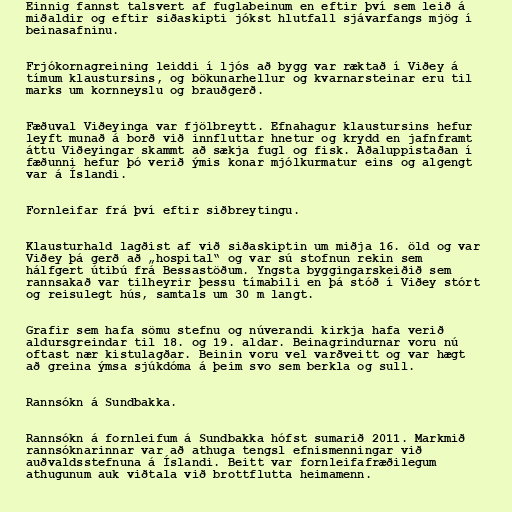
Einnig fannst talsvert af fuglabeinum en eftir því sem leið á
miðaldir og eftir siðaskipti jókst hlutfall sjávarfangs mjög í
beinasafninu.

Frjókornagreining leiddi í ljós að bygg var ræktað í Viðey á
tímum klaustursins, og bökunarhellur og kvarnarsteinar eru til
marks um kornneyslu og brauðgerð.

Fæðuval Viðeyinga var fjölbreytt. Efnahagur klaustursins hefur
leyft munað á borð við innfluttar hnetur og krydd en jafnframt
áttu Viðeyingar skammt að sækja fugl og fisk. Aðaluppistaðan í
fæðunni hefur þó verið ýmis konar mjólkurmatur eins og algengt
var á Íslandi.

Fornleifar frá því eftir siðbreytingu.

Klausturhald lagðist af við siðaskiptin um miðja 16. öld og var
Viðey þá gerð að „hospital“ og var sú stofnun rekin sem
hálfgert útibú frá Bessastöðum. Yngsta byggingarskeiðið sem
rannsakað var tilheyrir þessu tímabili en þá stóð í Viðey stórt
og reisulegt hús, samtals um 30 m langt.

Grafir sem hafa sömu stefnu og núverandi kirkja hafa verið
aldursgreindar til 18. og 19. aldar. Beinagrindurnar voru nú
oftast nær kistulagðar. Beinin voru vel varðveitt og var hægt
að greina ýmsa sjúkdóma á þeim svo sem berkla og sull.

Rannsókn á Sundbakka.

Rannsókn á fornleifum á Sundbakka hófst sumarið 2011. Markmið
rannsóknarinnar var að athuga tengsl efnismenningar við
auðvaldsstefnuna á Íslandi. Beitt var fornleifafræðilegum
athugunum auk viðtala við brottflutta heimamenn.